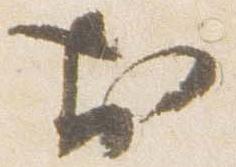
於